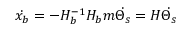
\centering \Dot { x _ { b } } = - H _ { b } ^ { - 1 } H _ { b } m \Dot { \Theta _ { s } } = H \Dot { \Theta _ { s } } \centering